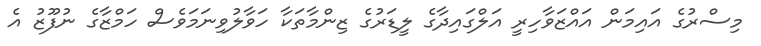
މިސްރުގެ އައިމަން އައްޒަވާހިރީ އަލްގައިދާގެ ލީޑަރުގެ ޒިންމާތަކާ ހަވާލުވިނަމަވެސް ހަމްޒާގެ ނުފޫޒު އެ